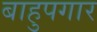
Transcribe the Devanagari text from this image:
बाहुपगार